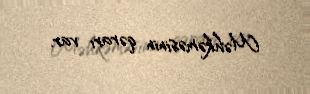
Məhkəməsinin qərarı var.